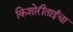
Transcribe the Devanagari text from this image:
किशोरीताईंचा